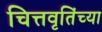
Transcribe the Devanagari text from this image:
चित्तवृतिंच्या